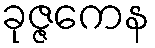
ခုဇ္ဇကေန